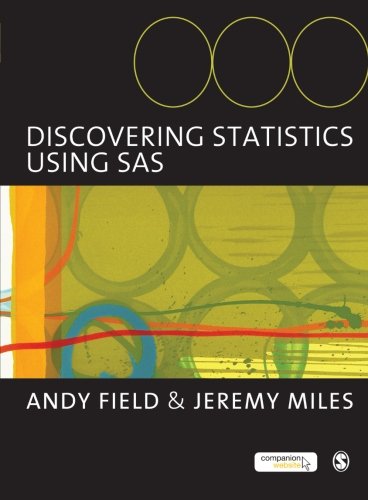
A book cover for Discovering Statistics Using SAS; Andy Field; Reference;